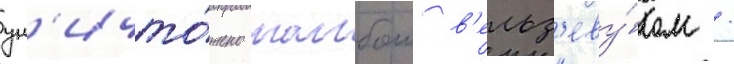
ун'ичто́жено шалбои в'ельз'еву́лом /